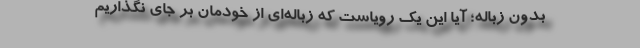
بدون زباله؛ آیا این یک رویاست که زباله‌ای از خودمان بر جای نگذاریم